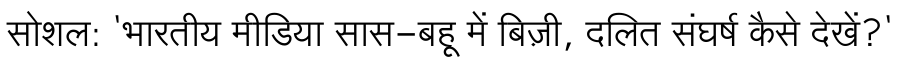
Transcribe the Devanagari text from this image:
सोशल: 'भारतीय मीडिया सास-बहू में बिज़ी, दलित संघर्ष कैसे देखें?'